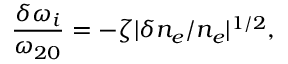
\frac { \delta \omega _ { i } } { \omega _ { 2 0 } } = - \zeta | \delta n _ { e } / n _ { e } | ^ { 1 / 2 } ,